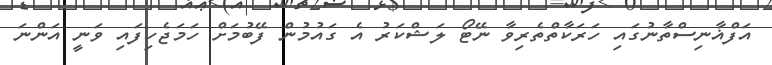
އަފްޣާނިސްތާނުގައި ހަރަކާތްތެރިވާ ނޭޓޯ ލަޝްކަރު އެ ގައުމުން ފޭބުމަށް ހަމަޖެހިފައި ވަނީ އަންނަ